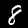
Label: 8